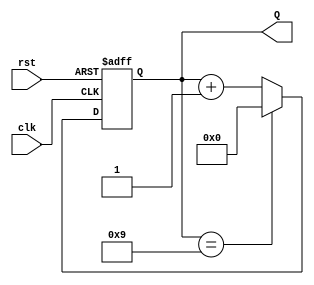
module BCD_Counter (
    input wire clk,      // Clock signal
    input wire rst,      // Asynchronous reset signal
    output reg [3:0] Q   // 4-bit output for BCD count
);

// Always block for the counter behavior
always @(posedge clk or posedge rst) begin
    if (rst) begin
        Q <= 4'b0000; // Reset count to 0
    end else begin
        if (Q == 4'b1001) begin
            Q <= 4'b0000; // Reset to 0 after reaching 9
        end else begin
            Q <= Q + 1; // Increment count
        end
    end
end

endmodule